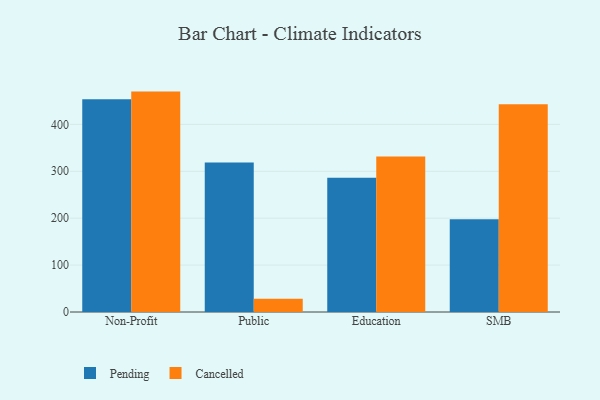
{"axis": {"x": "Segment", "y": "LTV (USD)"}, "legend": ["Cancelled", "Pending"], "data": [{"x": "Non-Profit", "y": 453.7, "type": "Pending"}, {"x": "Non-Profit", "y": 469.9, "type": "Cancelled"}, {"x": "Public", "y": 318.6, "type": "Pending"}, {"x": "Public", "y": 28.3, "type": "Cancelled"}, {"x": "Education", "y": 286.3, "type": "Pending"}, {"x": "Education", "y": 331.5, "type": "Cancelled"}, {"x": "SMB", "y": 197.7, "type": "Pending"}, {"x": "SMB", "y": 443.0, "type": "Cancelled"}]}